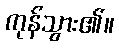
ကုန်သွား၏။